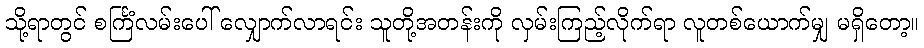
သို့ရာတွင် စင်္ကြံလမ်းပေါ် လျှောက်လာရင်း သူတို့အတန်းကို လှမ်းကြည့်လိုက်ရာ လူတစ်ယောက်မျှ မရှိတော့။